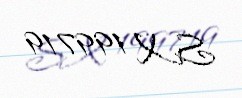
SX 199719